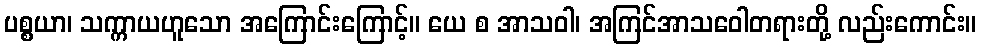
ပစ္စယာ၊ သက္ကာယဟူသော အကြောင်းကြောင့်။ ယေ စ အာသဝါ၊ အကြင်အာသဝေါတရားတို့ လည်းကောင်း။